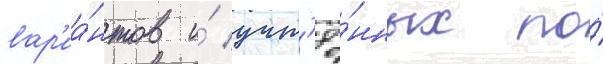
вар'иа́нтов и́ учт'ё́нных по́